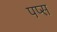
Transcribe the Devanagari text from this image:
पप्स